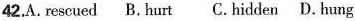
42.A.rescued B.hurt C.hidden D.hung